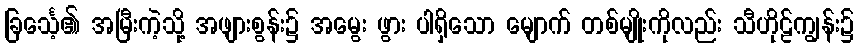
ခြင်္သေ့၏ အမြီးကဲ့သို့ အဖျားစွန်း၌ အမွေး ဖွား ပါရှိသော မျောက် တစ်မျိုးကိုလည်း သီဟိုဠ်ကျွန်း၌